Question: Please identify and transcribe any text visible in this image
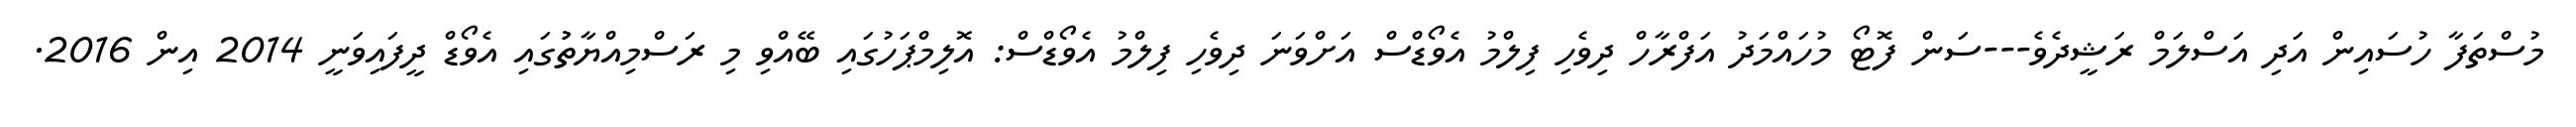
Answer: މުސްތަފާ ހުސައިން އަދި އަސްލަމް ރަޝީދެވެ---ސަން ފޮޓޯ މުހައްމަދު އަފްރާހް ދިވެހި ފިލްމު އެވޯޑްސް އަށްވަނަ ދިވެހި ފިލްމު އެވޯޑްސް: އޮލިމްޕަހުގައި ބޭއްވި މި ރަސްމިއްޔާތުުގައި އެވޯޑް ދީފައިވަނީ 2014 އިން 2016.